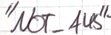
Text: "NOT_AUS"